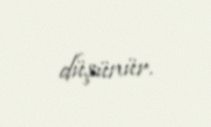
düşünür.